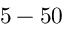
5 - 5 0